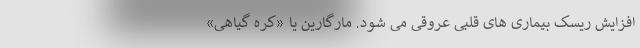
افزایش ریسک بیماری های قلبی عروقی می شود. مارگارین یا «کره گیاهی»